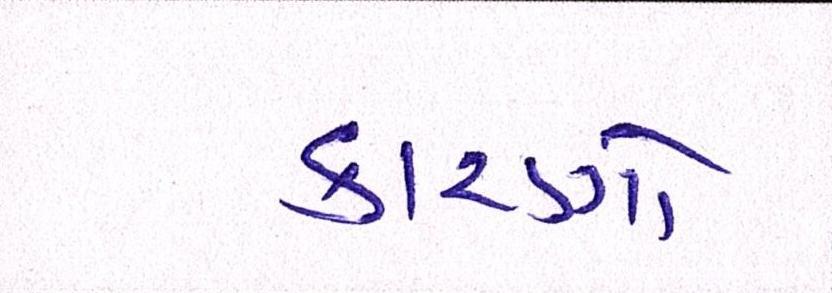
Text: કારણો